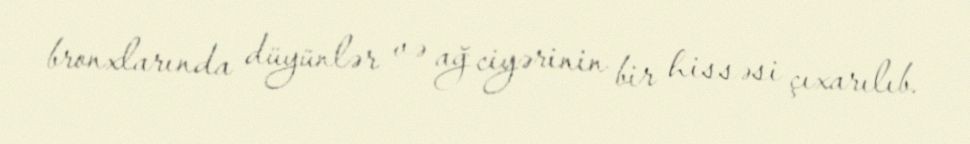
bronxlarında düyünlər və ağ ciyərinin bir hissəsi çıxarılıb.